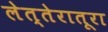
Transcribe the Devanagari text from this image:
लेत्तेरातूरा